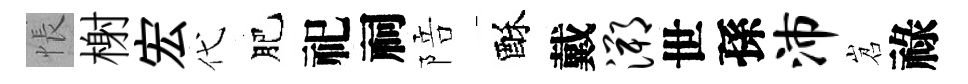
悵榭宏代肥祀祠陪酥戴溯世孫沛岧祿